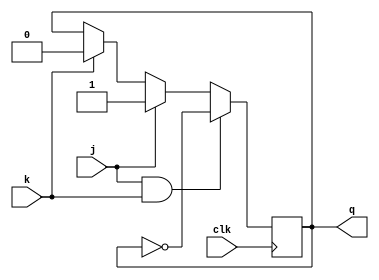
module t_flip_flop(
    input clk,
    input j,
    input k,
    output reg q
);

always @(posedge clk) begin
    if(j && k) begin
        q <= ~q;
    end else if(j) begin
        q <= 1'b1;
    end else if(k) begin
        q <= 1'b0;
    end
end

endmodule